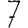
Digit: 7